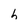
Character: h